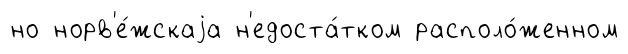
но норв'е́жскаjа н'едоста́тком располо́женном